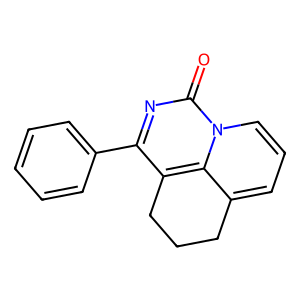
SMILES: O=c1nc(-c2ccccc2)c2c3c(cccn13)CCC2
Inhibits HIV replication: No